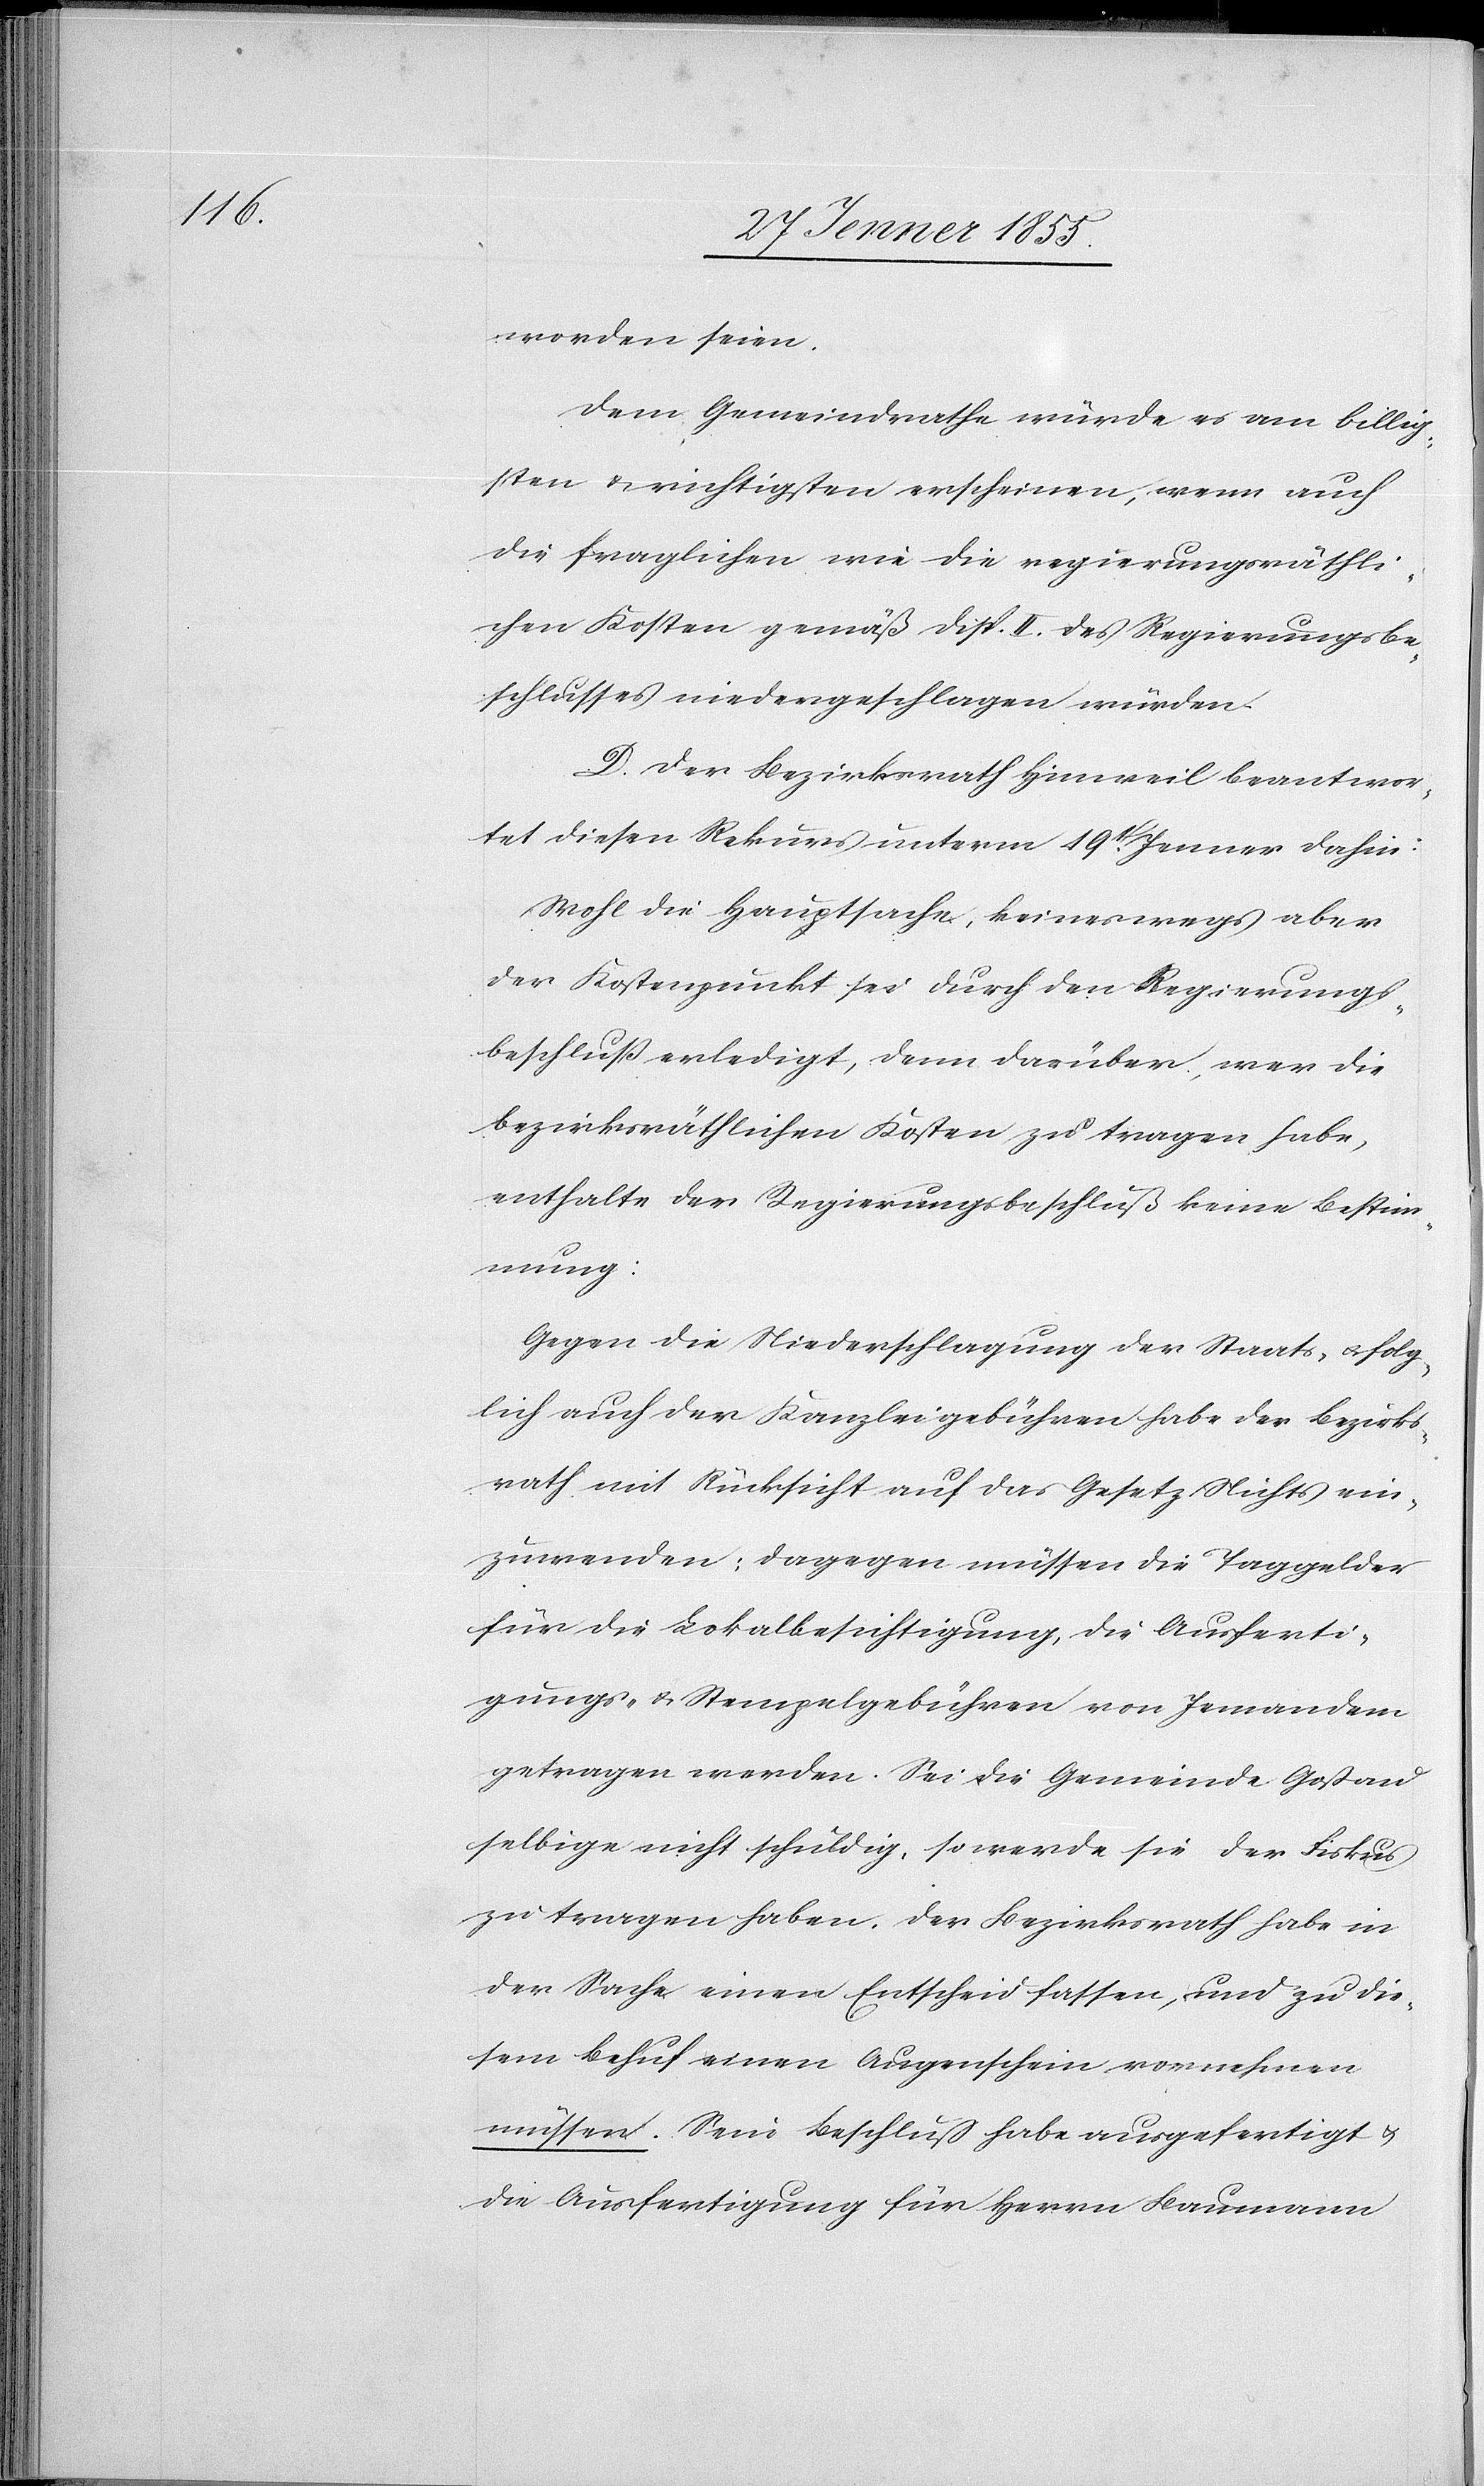
worden seien.
Dem Gemeindrathe würde es am billig¬
sten & richtigsten erscheinen, wenn auch
die fraglichen wie die regierungsräthli¬
chen Kosten gemäß Disp. II. des Regierungsbe¬
schlusses niedergeschlagen würden.
D. Der Bezirksrath Hinweil beantwor¬
tet diesen Rekurs unterm 19t. Jenner dahin:
Wohl die Hauptsache, keineswegs aber
der Kostenpunkt sei durch den Regierungs¬
beschluß erledigt, denn darüber, wer die
bezirksräthlichen Kosten zu tragen habe,
enthalte der Regierungsbeschluß keine Bestim¬
mung:
Gegen die Niederschlagung der Staats- & folg¬
lich auch der Kanzleigebühren habe der Bezirks¬
rath mit Rücksicht auf das Gesetz Nichts ein¬
zuwenden; dagegen müssen die Taggelder
für die Lokalbesichtigung, die Ausferti¬
gungs- & Stempelgebühren von Jemandem
getragen werden. Sei die Gemeinde Goßau
selbige nicht schuldig, so werde sie der Fiskus
zu tragen haben. Der Bezirksrath habe in
der Sache einen Entscheid fassen, und zu die¬
sem Behuf einen Augenschein vornehmen
müssen. Sein Beschluss habe ausgefertigt &
die Ausfertigung für Herrn Baumann